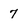
Character: 7